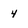
Character: 4